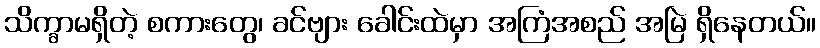
သိက္ခာမရှိတဲ့ စကားတွေ၊ ခင်ဗျား ခေါင်းထဲမှာ အကြံအစည် အမြဲ ရှိနေတယ်။